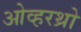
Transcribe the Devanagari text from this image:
ओव्हरथ्रो